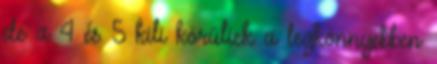
de a 4 és 5 kili körüliek a legkönnyebben